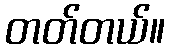
တတ်တယ်။